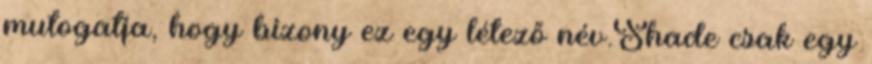
mutogatja, hogy bizony ez egy létező név.Shade csak egy